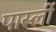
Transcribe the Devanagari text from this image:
पार्स्ली